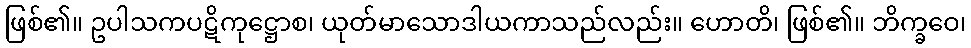
ဖြစ်၏။ ဥပါသကပဋိကုဋ္ဌောစ၊ ယုတ်မာသောဒါယကာသည်လည်း။ ဟောတိ၊ ဖြစ်၏။ ဘိက္ခဝေ၊